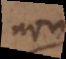
non